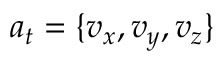
a _ { t } = \{ v _ { x } , v _ { y } , v _ { z } \}